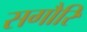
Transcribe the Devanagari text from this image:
सगौरि